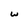
Character: w